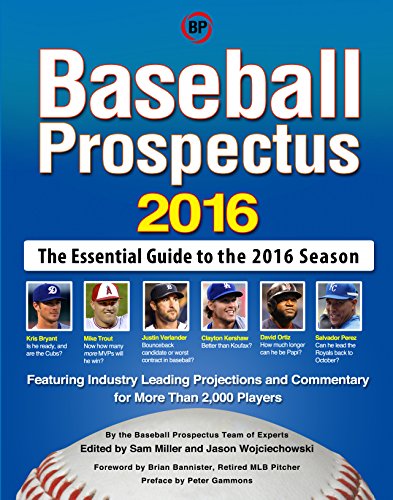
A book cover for Baseball Prospectus 2016; Sports & Outdoors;